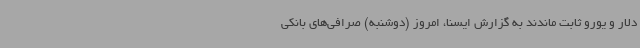
دلار و یورو ثابت ماندند به گزارش ایسنا، امروز (دوشنبه) صرافی‌های بانکی